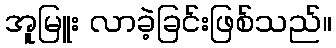
အူမြူး လာခဲ့ခြင်းဖြစ်သည်။